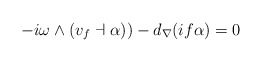
\begin{align*} - i\omega \wedge ( v_{f}\dashv \alpha)) - d_{\nabla}( i f \alpha) =0\end{align*}